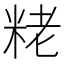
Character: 粩